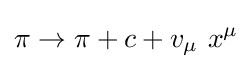
\pi \to \pi +c+v_{\mu }\ x^{\mu }